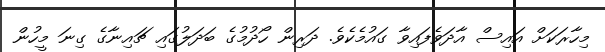
މިހާރަކަށް އައިސް އާދަވެފައިވާ ގައުމެކެވެ. ދަރިން ހޯދުމުގެ ބަދަލުގައި ޗައިނާގެ ގިނަ މީހުން